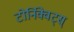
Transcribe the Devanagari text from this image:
टोर्निक्वेट्स्